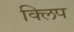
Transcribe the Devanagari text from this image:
क्‍िलप